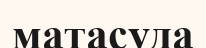
матасуда